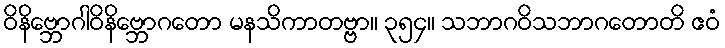
ဝိနိဗ္ဘောဂါဝိနိဗ္ဘောဂတော မနသိကာတဗ္ဗာ။ ၃၅၄။ သဘာဂဝိသဘာဂတောတိ ဧဝံ